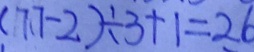
( 1 7 . 7 - 2 ) \div 3 + 1 = 2 6